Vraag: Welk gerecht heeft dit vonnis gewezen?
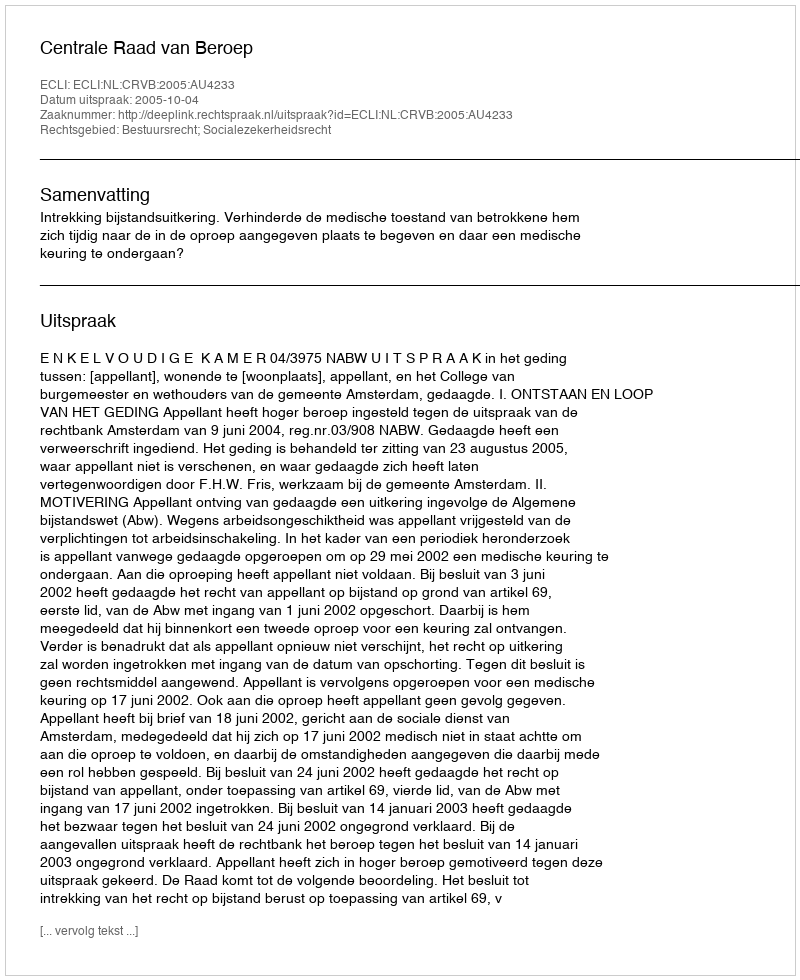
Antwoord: Centrale Raad van Beroep